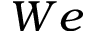
W e